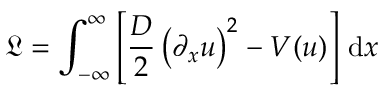
{ \mathfrak { L } } = \int _ { - \infty } ^ { \infty } \left[ { \frac { D } { 2 } } \left( \partial _ { x } u \right) ^ { 2 } - V ( u ) \right] \, { \mathrm { d } } x